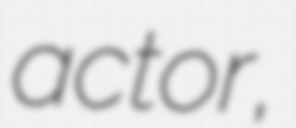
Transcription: actor,